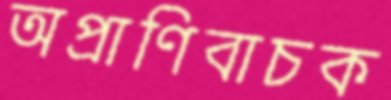
অপ্রাণিবাচক